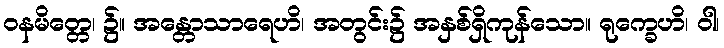
ဝနမိတ္တေ၊ ၌။ အန္တောသာရေဟိ၊ အတွင်း၌ အနှစ်ရှိကုန်သော။ ရုက္ခေဟိ၊ ဝါ၊